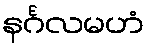
နင်္ဂလမဟံ